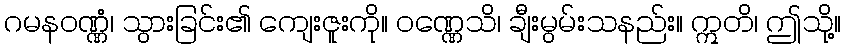
ဂမနဝဏ္ဏံ၊ သွားခြင်း၏ ကျေးဇူးကို။ ဝဏ္ဏေသိ၊ ချီးမွမ်းသနည်း။ ဣတိ၊ ဤသို့။